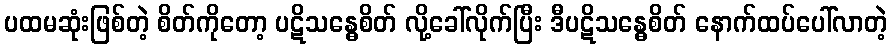
ပထမဆုံးဖြစ်တဲ့ စိတ်ကိုတော့ ပဋိသန္ဓေစိတ် လို့ခေါ်လိုက်ပြီး ဒီပဋိသန္ဓေစိတ် နောက်ထပ်ပေါ်လာတဲ့